Document type: Oath
Year: 1447
Scribe: Pere Figuerola
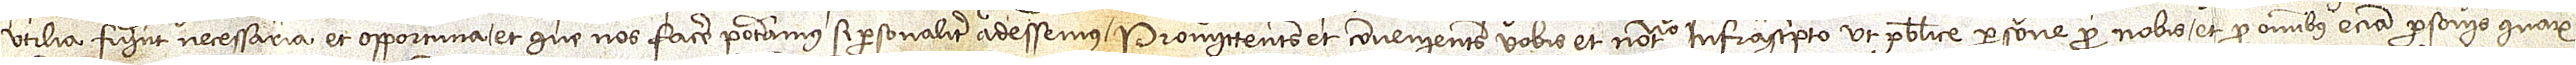
utilia fuerint necessaria et opportuna et que nos facere poteramus si personalite adessemus. Promittentes et convenientes vobis et notario infrascripto ut publice persone pro nobis et omnibus etiam personis quarum